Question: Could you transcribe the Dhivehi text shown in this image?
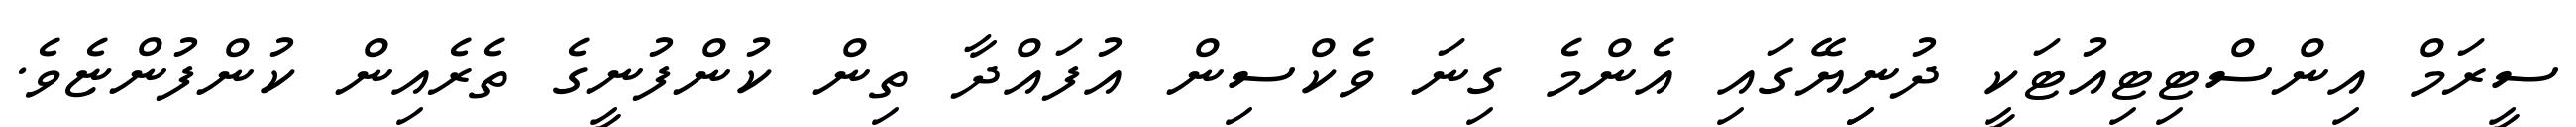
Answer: ސީރަމް އިންސްޓިޓިއުޓަކީ ދުނިިޔޭގައި އެންމެ ގިނަ ވެކްސިން އުފައްދާ ތިން ކުންފުނީގެ ތެރެއިން ކުންފުންޏެވެ.